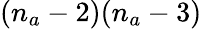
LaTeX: (n_{a}-2)(n_{a}-3)